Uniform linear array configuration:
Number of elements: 4
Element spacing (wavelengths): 0.75
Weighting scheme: uniform
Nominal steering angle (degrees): -30
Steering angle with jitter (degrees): -30.726
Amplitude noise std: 0.05
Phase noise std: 0.05

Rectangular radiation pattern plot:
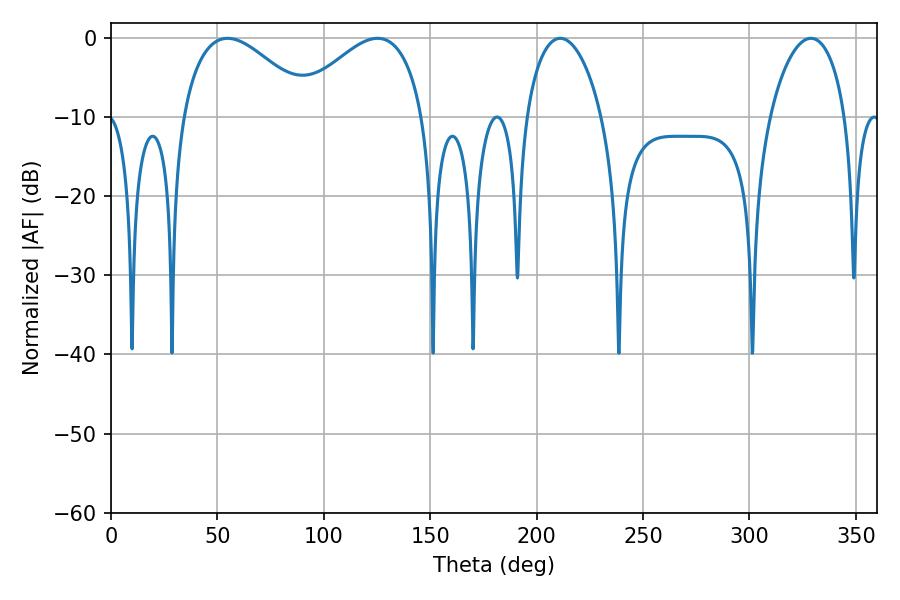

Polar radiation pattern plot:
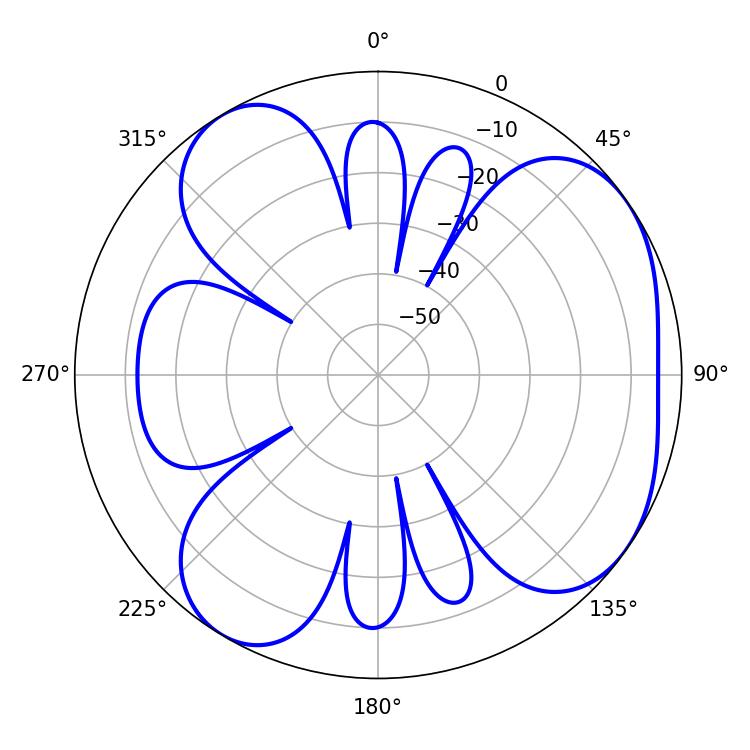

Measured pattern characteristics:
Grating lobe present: TRUE
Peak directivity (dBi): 5.177
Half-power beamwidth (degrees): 33.48
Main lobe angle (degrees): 54.72